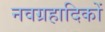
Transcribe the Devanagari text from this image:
नवग्रहादिकों